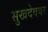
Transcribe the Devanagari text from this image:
सुखदेववर